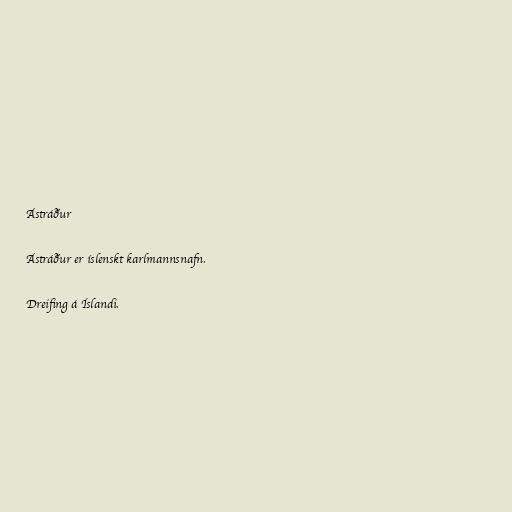
Ástráður

Ástráður er íslenskt karlmannsnafn.

Dreifing á Íslandi.